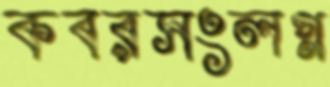
কবরসংলগ্ন